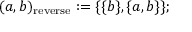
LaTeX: ( a , b ) _ { \mathrm { r e v e r s e } } : = \{ \{ b \} , \{ a , b \} \} ;